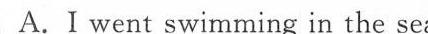
B.It's getting lower and lower.